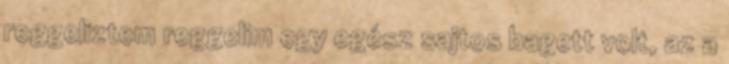
reggeliztem reggelim egy egész sajtos bagett volt, az a